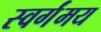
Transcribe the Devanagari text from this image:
स्वर्गंमय